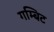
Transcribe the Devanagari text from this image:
गम्बिट